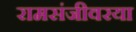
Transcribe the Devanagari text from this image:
रामसंजीवरया